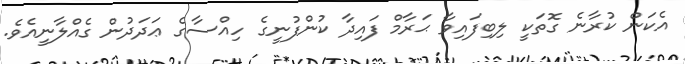
އެކަން ކުރާނެ ގޮތަކީ ލިބިފައިވާ ޙަރާމް ފައިދާ ކުންފުނީގެ ހިއްސާގެ ޢަދަދުން ގެއްލާނީއެވެ.